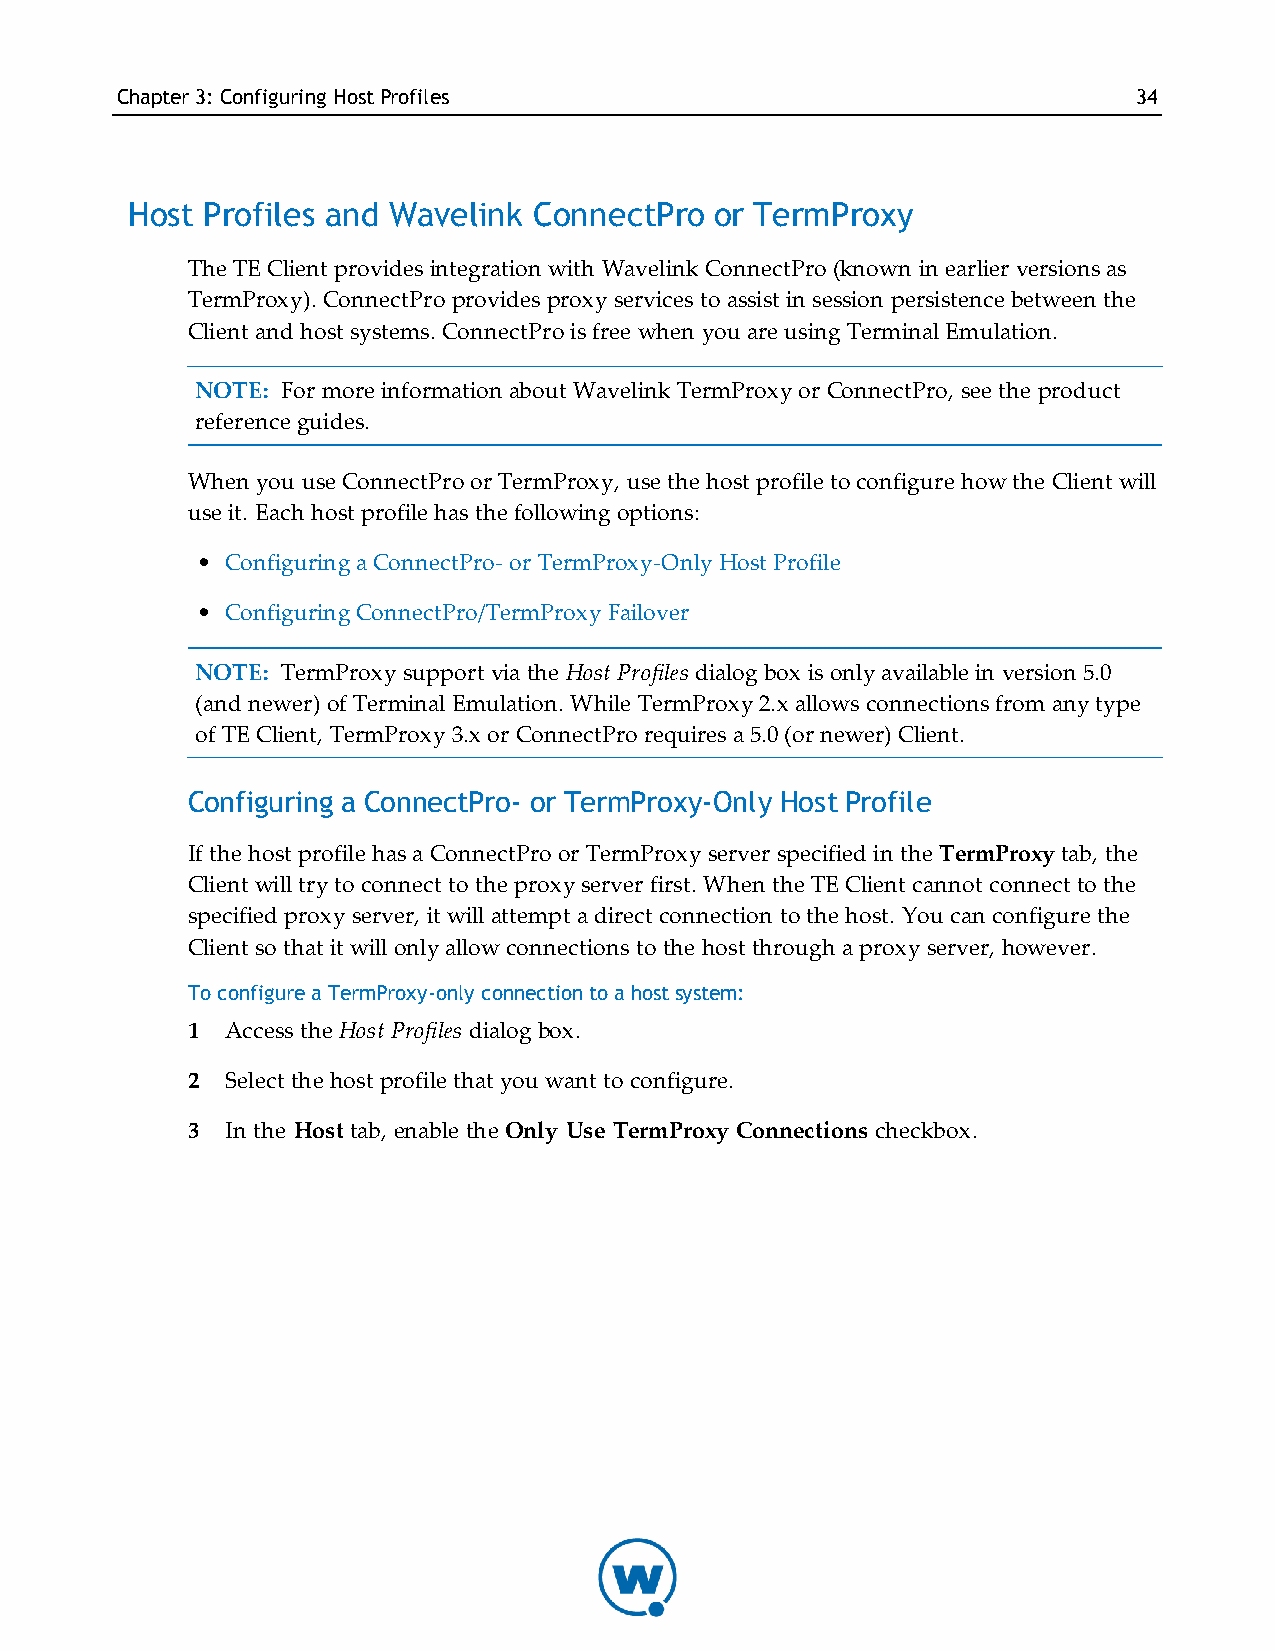
Chapter3: Configuring HostProfiles                                 34
 Host Profiles and Wavelink ConnectPro  or TermProxy
 The TE Client provides integration with Wavelink ConnectPro (known in earlier versions as
 TermProxy). ConnectPro provides proxy services to assist in session persistence between the
 Client and host systems. ConnectPro is free when you are using Terminal Emulation.
 NOTE: For more information about Wavelink TermProxy or ConnectPro, see the product
 reference guides.
 When you use ConnectPro or TermProxy, use the host profile to configure how the Client will
 use it. Each host profile has the following options:
 • Configuring a ConnectPro- or TermProxy-Only Host Profile
 • Configuring ConnectPro/TermProxy Failover
 NOTE: TermProxy support via the Host Profiles dialog box is only available in version 5.0
 (and newer) of Terminal Emulation. While TermProxy 2.x allows connections from any type
 of TE Client, TermProxy 3.x or ConnectPro requires a 5.0 (or newer) Client.
 Configuring a ConnectPro- or TermProxy-Only Host Profile
 If the host profile has a ConnectPro or TermProxy server specified in the TermProxy tab, the
 Client will try to connect to the proxy server first. When the TE Client cannot connect to the
 specified proxy server, it will attempt a direct connection to the host. You can configure the
 Client so that it will only allow connections to the host through a proxy server, however.
 To configure a TermProxy-only connection to a host system:
 1  Access the Host Profiles dialog box.
 2  Select the host profile that you want to configure.
 3  In the Host tab, enable the Only Use TermProxy Connections checkbox.